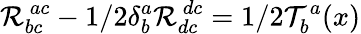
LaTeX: {\cal R}_{bc}^{~ac}-1/2\delta_{b}^{a}{\cal R}_{dc}^{~dc}=1/2{\cal T}_{b}^{a}(x)